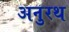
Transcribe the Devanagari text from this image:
अनुरथ